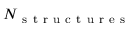
N _ { \mathrm { ~ s ~ t ~ r ~ u ~ c ~ t ~ u ~ r ~ e ~ s ~ } }